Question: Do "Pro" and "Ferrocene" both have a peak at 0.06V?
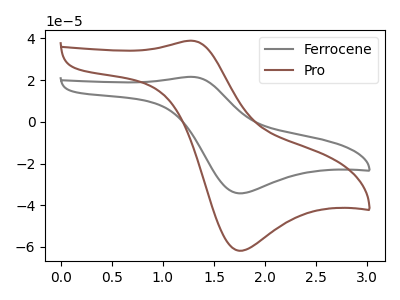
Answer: <think>The gray curve "Ferrocene" has an anodic peak at (1.30V, 21.60uA) and a cathodic peak at (1.75V, -34.25uA). The brown curve "Pro" has an anodic peak at (1.30V, 38.90uA) and a cathodic peak at (1.75V, -61.80uA).</think>
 <answer>No, "Pro" and "Ferrocene" dont share a peak at 0.06V.</answer>
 <eval>mismatch</eval>